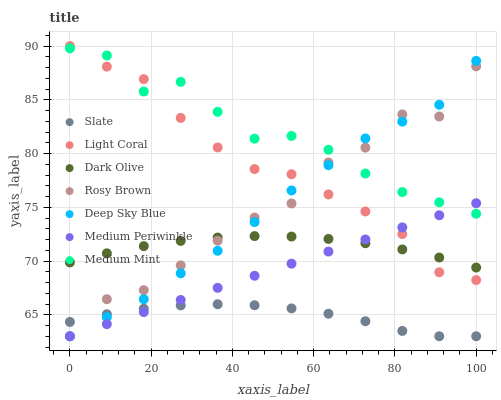
| xaxis_label | Slate | Light Coral | Dark Olive | Rosy Brown | Deep Sky Blue | Medium Periwinkle | Medium Mint |
 | --- | --- | --- | --- | --- | --- | --- | --- |
 | 0 | 64.3 | 90 | 69.9 | 63 | 63 | 63 | 89.8 |
 | 9.09 | 65 | 88.1 | 70.7 | 66.4 | 64.8 | 64.1 | 89.1 |
 | 18.2 | 65.6 | 86.9 | 71.4 | 67.3 | 66.4 | 65.3 | 85.8 |
 | 27.3 | 65.9 | 83.3 | 71.9 | 69.6 | 68.9 | 66.4 | 86.7 |
 | 36.4 | 66 | 80.6 | 72.2 | 71.9 | 70.9 | 67.5 | 83.9 |
 | 45.5 | 65.9 | 78.6 | 72.3 | 74 | 73.6 | 68.6 | 81.4 |
 | 54.5 | 65.6 | 78.1 | 72.3 | 75.4 | 76.6 | 69.8 | 81.6 |
 | 63.6 | 65.1 | 76.2 | 72.1 | 79.2 | 78.9 | 70.9 | 80.4 |
 | 72.7 | 64.4 | 74.6 | 71.7 | 80.5 | 81.4 | 72 | 78.1 |
 | 81.8 | 63.5 | 72.5 | 71.1 | 83.6 | 83 | 73.1 | 76.4 |
 | 90.9 | 63 | 69 | 70.3 | 83.4 | 84.5 | 74.3 | 75.5 |
 | 100 | 63 | 68.2 | 69.4 | 88.1 | 88.6 | 75.4 | 74.4 |